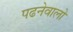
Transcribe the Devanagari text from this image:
पढनेवालो